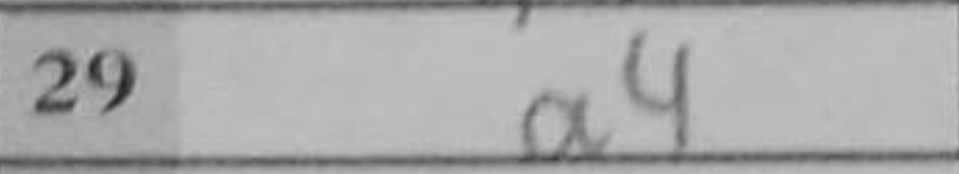
Transcription: a4